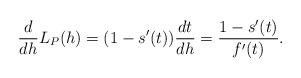
LaTeX: \begin{align*} \begin{aligned}\frac{d}{dh}L_P(h)=(1-s'(t))\frac{dt}{dh}=\frac{1-s'(t)}{f'(t)}. \end{aligned} \end{align*}